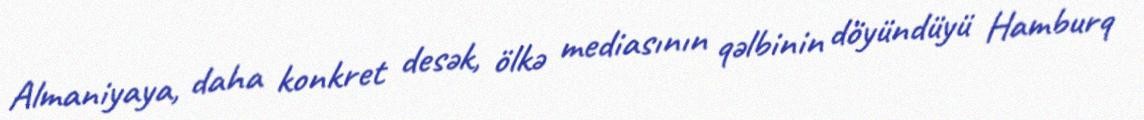
Almaniyaya, daha konkret desək, ölkə mediasının qəlbinin döyündüyü Hamburq